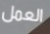
العمل